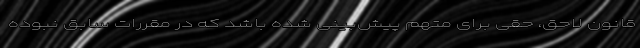
قانون لاحق، حقی برای متهم پیش‌بینی شده باشد که در مقررات سابق نبوده